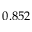
0 . 8 5 2